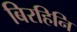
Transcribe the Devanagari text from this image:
बिरहिनि